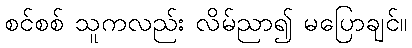
စင်စစ် သူကလည်း လိမ်ညာ၍ မပြောချင်။